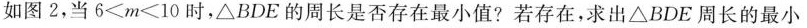
如图2，当6<m<10时，△BDE的周长是否存在最小值？若存在，求出△BDE周长的最小